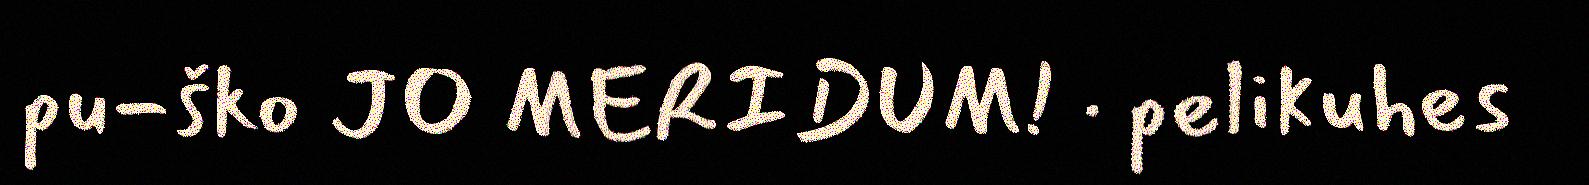
pu-ško JO MERIDUM! · pelikuhes